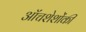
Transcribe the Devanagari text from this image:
ऑंचशेशोंकी